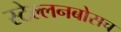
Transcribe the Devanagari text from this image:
स्‍टेल्‍लनबोसच